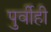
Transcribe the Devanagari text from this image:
पुर्वीही